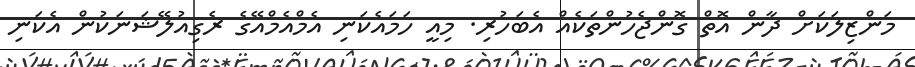
މަންޒިލަކަށް ދާން އޮތް ގޮންޖެހުންތަކެއް އެބަހުރި. މިއީ ހަމައެކަނި އެމްއެމްއޭގެ ރެގިއުލޭޝަނަކުން އެކަނި